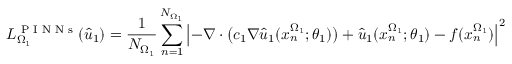
L _ { \Omega _ { 1 } } ^ { \textnormal { P I N N s } } ( \hat { u } _ { 1 } ) = \frac { 1 } { N _ { \Omega _ { 1 } } } \sum _ { n = 1 } ^ { N _ { \Omega _ { 1 } } } \left| - \nabla \cdot \big ( c _ { 1 } \nabla \hat { u } _ { 1 } ( x _ { n } ^ { \Omega _ { 1 } } ; \theta _ { 1 } ) \big ) + \hat { u } _ { 1 } ( x _ { n } ^ { \Omega _ { 1 } } ; \theta _ { 1 } ) - f ( x _ { n } ^ { \Omega _ { 1 } } ) \right| ^ { 2 }